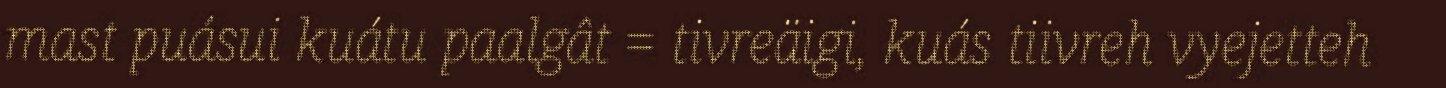
mast puásui kuátu paalgât = tivreäigi, kuás tiivreh vyejetteh